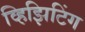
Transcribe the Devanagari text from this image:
व्हिझिटिंग